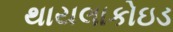
થાયલાકોઇડ